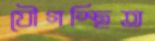
যৌগস্থিত